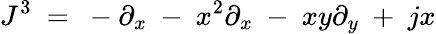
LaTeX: J^{3}\ =\ -\partial_{x}\ -\ x^{2}\partial_{x}\ -\ xy\partial_{y}\ +\ jx